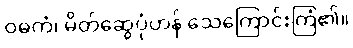
ဝဓကံ၊ မိတ်ဆွေပုံဟန် သေကြောင်းကြံ၏။